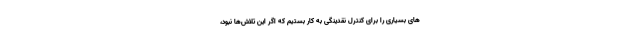
های بسیاری را برای کنترل نقدینگی به کار بستیم که اگر این تلاش‌ها نبود،